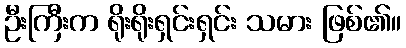
ဦးကြီးက ရိုးရိုးရှင်းရှင်း သမား ဖြစ်၏။